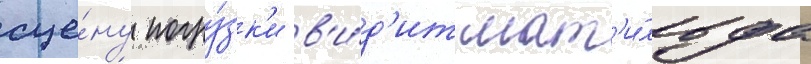
сце́ну погру́зк'и в'и́д'ит мат'и́льда